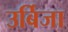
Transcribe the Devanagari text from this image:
उर्बिजा